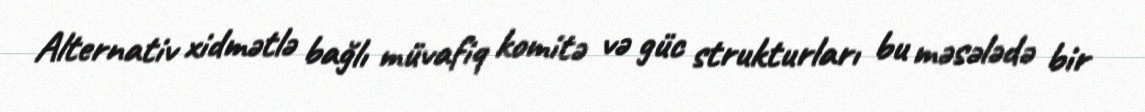
Alternativ xidmətlə bağlı müvafiq komitə və güc strukturları bu məsələdə bir